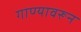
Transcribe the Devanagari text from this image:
गाण्यावरून